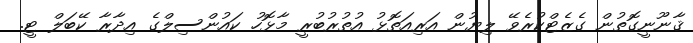
ޤާނޫނީގޮތުން ގެޒެޓްކުރެވޭ ލިޔުން އަރިއަތޮޅު އުތުރުބުރީ މާޅޮހު ކައުންސިލްގެ އިދާރާ ކޭބަލް ޓީ.